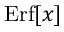
\mathrm { E r f } [ x ]